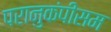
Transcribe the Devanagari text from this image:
परानुकंपीसम